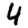
Digit: 4